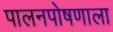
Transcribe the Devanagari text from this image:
पालनपोषणाला